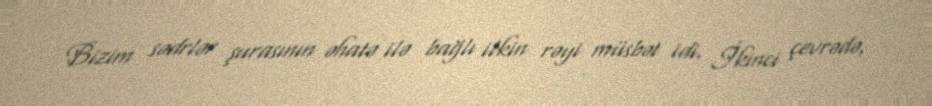
Bizim sədrlər şurasının əhatə ilə bağlı ilkin rəyi müsbət idi. İkinci çevrədə,